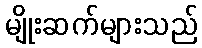
မျိုးဆက်များသည်